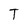
Character: T